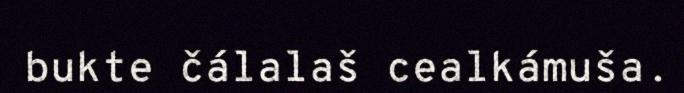
bukte čálalaš cealkámuša.